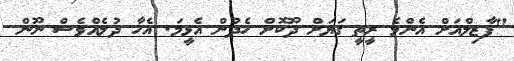
"ފާޒިލްއަށް އެންމެ ރީތީ ގަޔަށް ދޫކޮށް ހެދުން އެޅީމަ. އެހާ ދުލެއްވެސް ނޫން